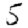
Digit: 5